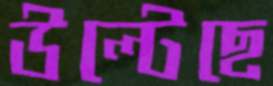
উল্টেছে